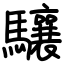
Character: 驤